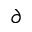
\partial